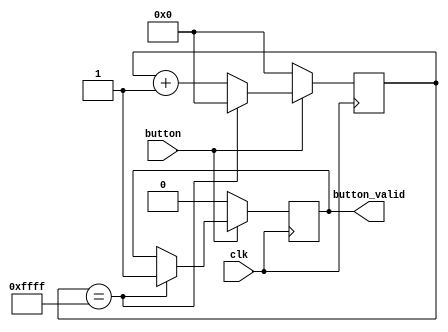
`timescale 1ns / 1ps
//////////////////////////////////////////////////////////////////////////////////
// Company: 
// Engineer: 
// 
// Design Name: 
// Module Name:    debouncer 
// Project Name: 
// Target Devices: 
// Tool versions: 
// Description: 
//
// Dependencies: 
//
// Revision: 
// Revision 0.01 - File Created
// Additional Comments: 
//
//////////////////////////////////////////////////////////////////////////////////
module debouncer( 
	input clk,
	input button,
	output button_valid	
);

reg [15:0] count;
reg inst_vld;


   
   always @ (posedge clk) begin
     if (button == 0)
       begin
          count <=0;
          inst_vld <=0;
       end
     else
       begin
          count <= count +1;
          if(count == 16'hffff) begin
            count <=0;
          inst_vld <=1;
          end
       end
   end
 


assign button_valid = inst_vld;    

endmodule